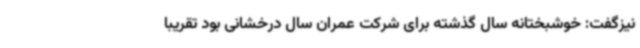
نیزگفت: خوشبختانه سال گذشته برای شرکت عمران سال درخشانی بود تقریبا